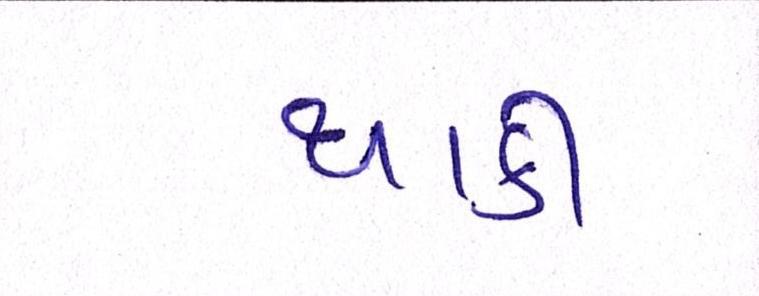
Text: થાકી